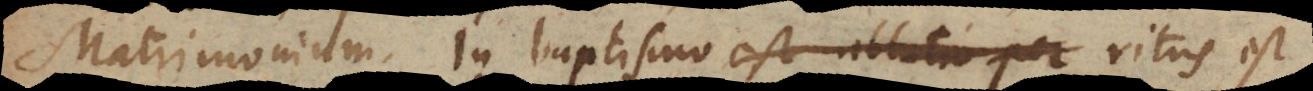
Matrimonium. In Baptismo est ablutio per ritus es